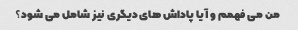
من می فهمم و آیا پاداش های دیگری نیز شامل می شود؟